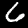
Digit: 6